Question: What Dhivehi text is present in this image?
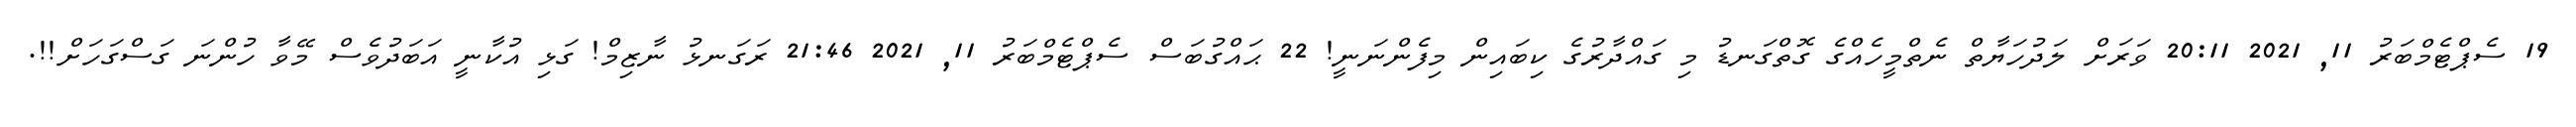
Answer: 19 ސެޕްޓެމްބަރު 11, 2021 20:11 ވަރަށް ލަދުހަޔާތް ނެތްމީހެއްގެ ގޮތްގަނޑު މި ގައްދާރުގެ ކިބައިން މިފެންނަނީ! 22 ޙައްގުބަސް ސެޕްޓެމްބަރު 11, 2021 21:46 ރަގަނޅު ނާޒިމް! ގަޅި އުކާނީ އަބަދުވެސް މޭވާ ހުންނަ ގަސްގަހަށް!!.